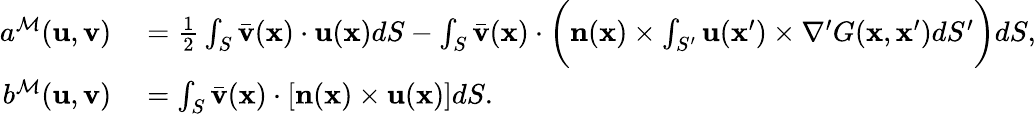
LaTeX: \begin{array}{rl}{a^{\mathcal{M}}(\mathbf{u},\mathbf{v})}&{{}{}=\frac{1}{2}\int_{S}\bar{\mathbf{v}}(\mathbf{x})\cdot\mathbf{u}(\mathbf{x})dS-\int_{S}\bar{\mathbf{v}}(\mathbf{x})\cdot\bigg(\mathbf{n}(\mathbf{x})\times\int_{S^{\prime}}\mathbf{u}(\mathbf{x}^{\prime})\times\nabla^{\prime}G(\mathbf{x},\mathbf{x}^{\prime})dS^{\prime}\bigg)dS,}\\ {b^{\mathcal{M}}(\mathbf{u},\mathbf{v})}&{{}{}=\int_{S}\bar{\mathbf{v}}(\mathbf{x})\cdot[\mathbf{n}(\mathbf{x})\times\mathbf{u}(\mathbf{x})]dS.}\end{array}